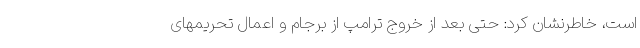
است، خاطرنشان کرد: حتی بعد از خروج ترامپ از برجام و اعمال تحریمهای